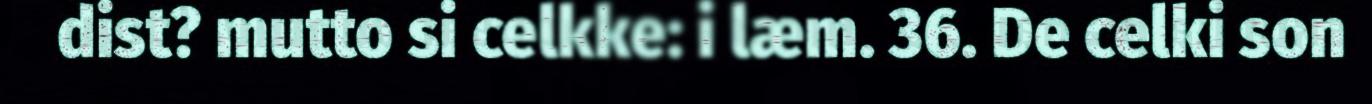
dist? mutto si celkke: i læm. 36. De celki son